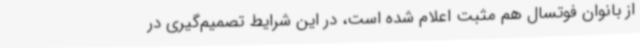
از بانوان فوتسال هم مثبت اعلام شده است، در این شرایط تصمیم‌گیری در